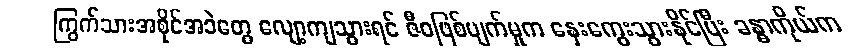
ကြွက်သားအစိုင်အခဲတွေ လျော့ကျသွားရင် ဇီဝဖြစ်ပျက်မှုက နှေးကွေးသွားနိုင်ပြီး ခန္ဓာကိုယ်က